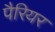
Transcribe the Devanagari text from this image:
पैरियर